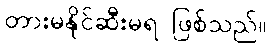
တားမနိုင်ဆီးမရ ဖြစ်သည်။